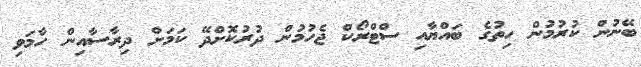
ބޭނުން ކުރުމުން ހިތުގެ ބައްޔާއި ސްޓްރޯކް ޖެހުމުން ދުރުކޮށްދޭ ކަމަށް ދިރާސާއިން ހާމަވި